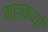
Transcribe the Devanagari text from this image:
महाकव्यों